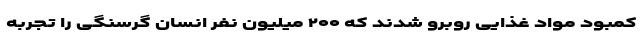
کمبود مواد غذایی روبرو شدند که ۲۰۰ میلیون نفر انسان گرسنگی را تجربه